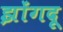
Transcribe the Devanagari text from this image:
झोंगदू